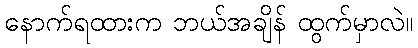
နောက်ရထားက ဘယ်အချိန် ထွက်မှာလဲ။